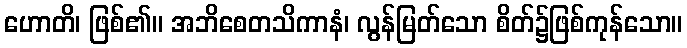
ဟောတိ၊ ဖြစ်၏။ အဘိစေတသိကာနံ၊ လွန်မြတ်သော စိတ်၌ဖြစ်ကုန်သော။